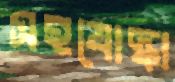
সহযোদ্ধা